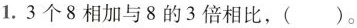
1.3个8相加与8的3倍相比，( )。